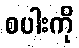
စပါးကို